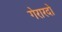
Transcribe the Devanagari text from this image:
गेरारदो